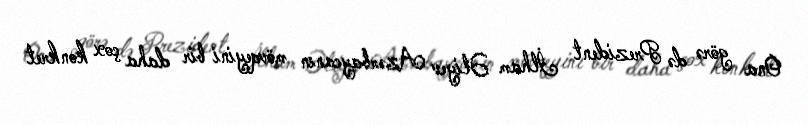
Ona görə də Prezident İlham Əliyev Azərbaycanın mövqeyini bir daha çox konkret